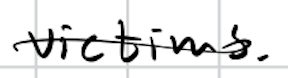
Text: victims.
Cross-out: single-line
Writing tool: digital_black